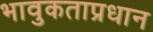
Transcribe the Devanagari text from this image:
भावुकताप्रधान